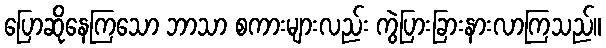
ပြောဆိုနေကြသော ဘာသာ စကားများလည်း ကွဲပြားခြားနားလာကြသည်။